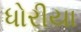
ધોરીયા